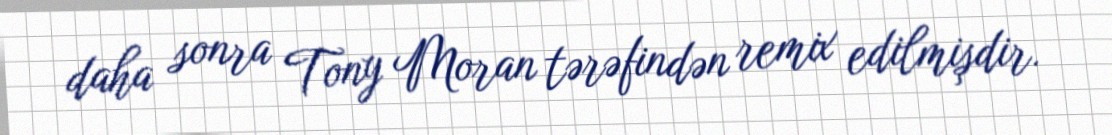
daha sonra Tony Moran tərəfindən remix edilmişdir.